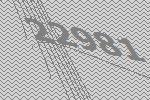
22981